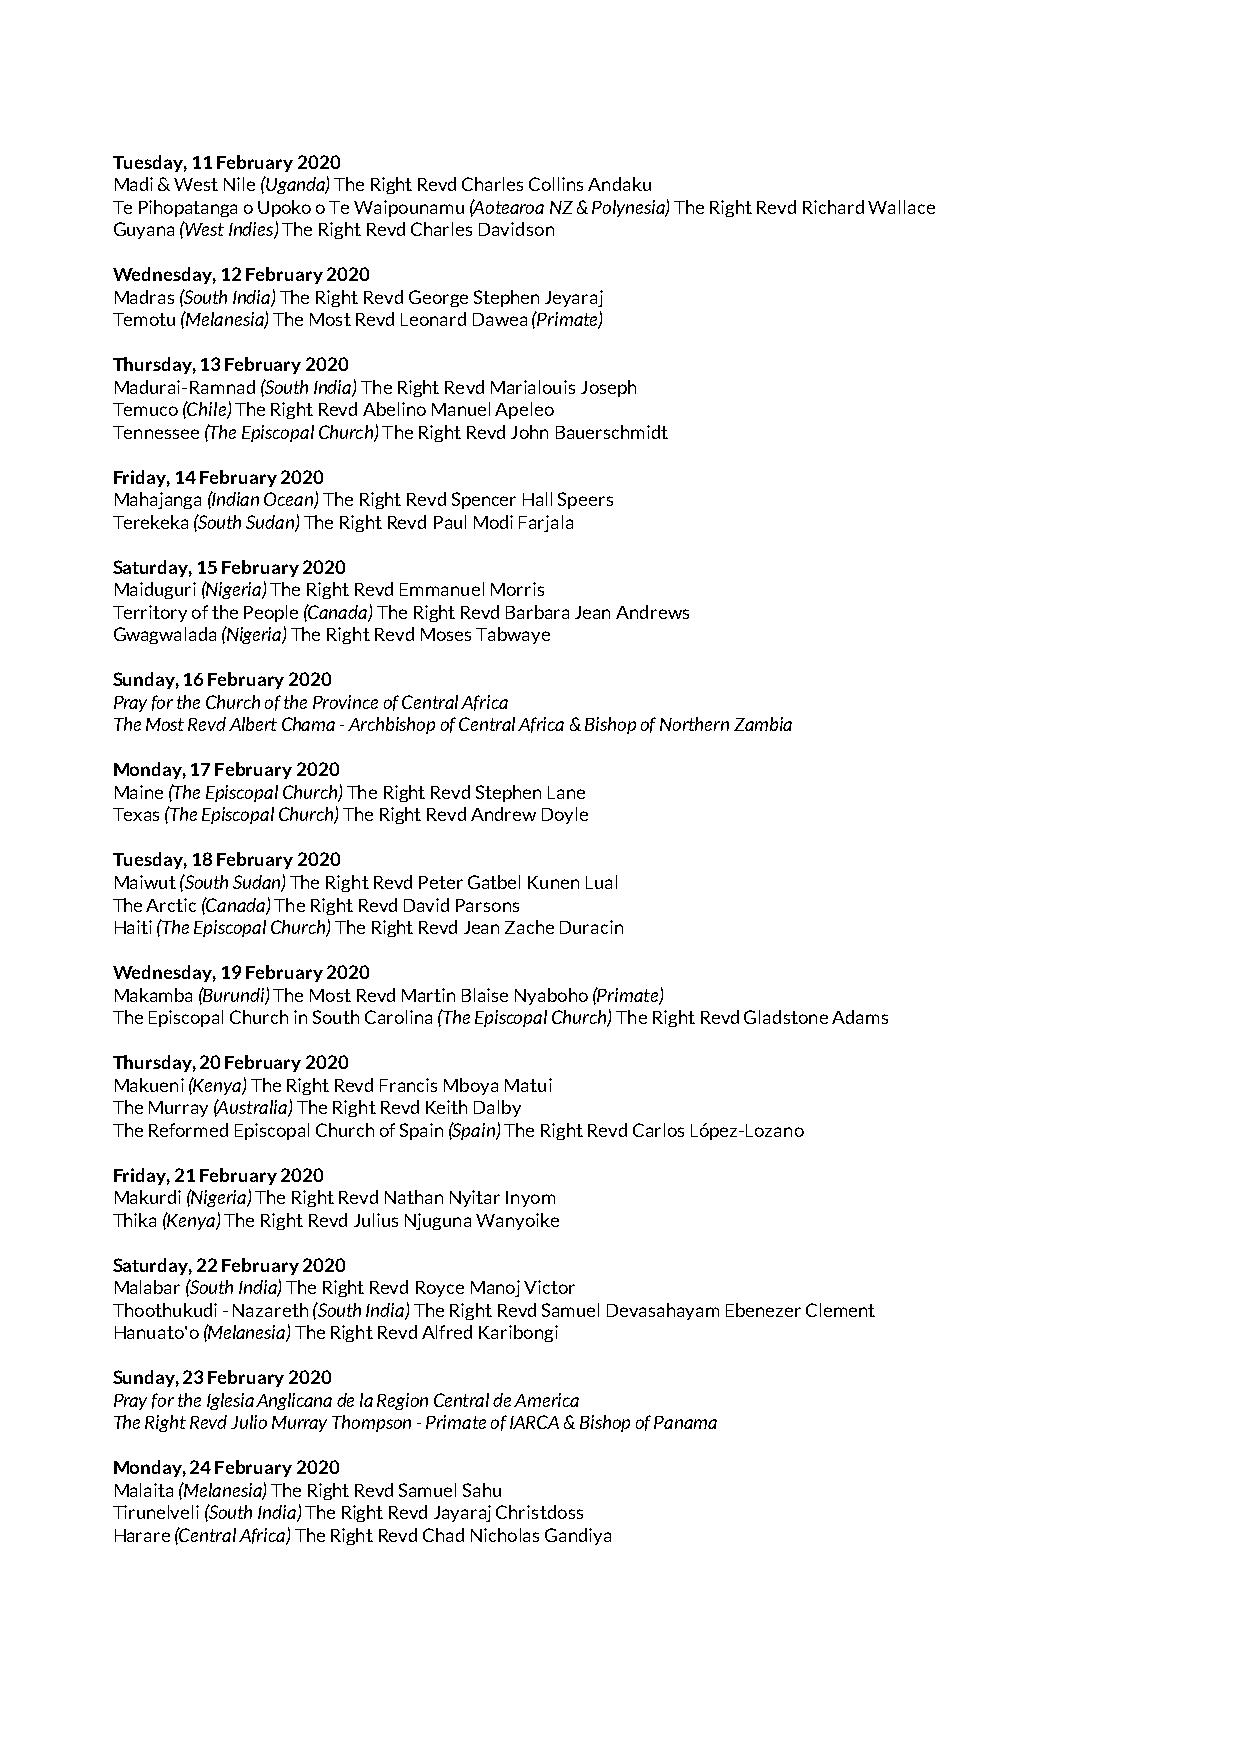
Tuesday, 11 February 2020
 Madi & West Nile (Uganda) The Right Revd Charles Collins Andaku
 Te Pihopatanga o Upoko o Te Waipounamu (Aotearoa NZ & Polynesia) The Right Revd Richard Wallace
 Guyana (West Indies) The Right Revd Charles Davidson
 Wednesday, 12 February 2020
 Madras (South India) The Right Revd George Stephen Jeyaraj
 Temotu (Melanesia) The Most Revd Leonard Dawea (Primate)
 Thursday, 13 February 2020
 Madurai-Ramnad (South India) The Right Revd Marialouis Joseph
 Temuco (Chile) The Right Revd Abelino Manuel Apeleo
 Tennessee (The Episcopal Church) The Right Revd John Bauerschmidt
 Friday, 14 February 2020
 Mahajanga (Indian Ocean) The Right Revd Spencer Hall Speers
 Terekeka (South Sudan) The Right Revd Paul Modi Farjala
 Saturday, 15 February 2020
 Maiduguri (Nigeria) The Right Revd Emmanuel Morris
 Territory of the People (Canada) The Right Revd Barbara Jean Andrews
 Gwagwalada (Nigeria) The Right Revd Moses Tabwaye
 Sunday, 16 February 2020
 Pray for the Church of the Province of Central Africa
 The Most Revd Albert Chama - Archbishop of Central Africa & Bishop of Northern Zambia
 Monday, 17 February 2020
 Maine (The Episcopal Church) The Right Revd Stephen Lane
 Texas (The Episcopal Church) The Right Revd Andrew Doyle
 Tuesday, 18 February 2020
 Maiwut (South Sudan) The Right Revd Peter Gatbel Kunen Lual
 The Arctic (Canada) The Right Revd David Parsons
 Haiti (The Episcopal Church) The Right Revd Jean Zache Duracin
 Wednesday, 19 February 2020
 Makamba (Burundi) The Most Revd Martin Blaise Nyaboho (Primate)
 The Episcopal Church in South Carolina (The Episcopal Church) The Right Revd Gladstone Adams
 Thursday, 20 February 2020
 Makueni (Kenya) The Right Revd Francis Mboya Matui
 The Murray (Australia) The Right Revd Keith Dalby
 The Reformed Episcopal Church of Spain (Spain) The Right Revd Carlos López-Lozano
 Friday, 21 February 2020
 Makurdi (Nigeria) The Right Revd Nathan Nyitar Inyom
 Thika (Kenya) The Right Revd Julius Njuguna Wanyoike
 Saturday, 22 February 2020
 Malabar (South India) The Right Revd Royce Manoj Victor
 Thoothukudi - Nazareth (South India) The Right Revd Samuel Devasahayam Ebenezer Clement
 Hanuato'o (Melanesia) The Right Revd Alfred Karibongi
 Sunday, 23 February 2020
 Pray for the Iglesia Anglicana de la Region Central de America
 The Right Revd Julio Murray Thompson - Primate of IARCA & Bishop of Panama
 Monday, 24 February 2020
 Malaita (Melanesia) The Right Revd Samuel Sahu
 Tirunelveli (South India) The Right Revd Jayaraj Christdoss
 Harare (Central Africa) The Right Revd Chad Nicholas Gandiya